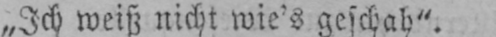
„Ich weiß nicht wie’s geschah”.